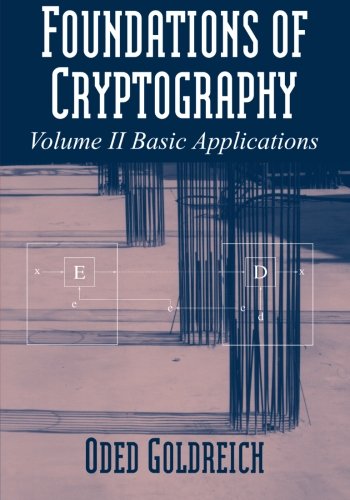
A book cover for Foundations of Cryptography: Volume 2, Basic Applications; Oded Goldreich; Computers & Technology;